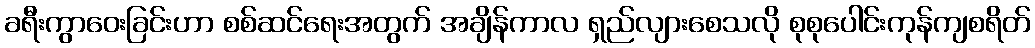
ခရီးကွာဝေးခြင်းဟာ စစ်ဆင်ရေးအတွက် အချိန်ကာလ ရှည်လျားစေသလို စုစုပေါင်းကုန်ကျစရိတ်